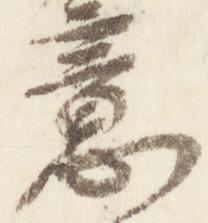
意